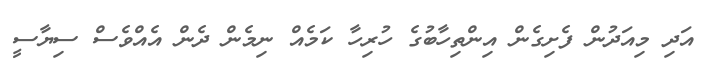
އަދި މިއަދުން ފެށިގެން އިންތިހާބުގެ ހުރިހާ ކަމެއް ނިމެން ދެން އެއްވެސް ސިޔާސީ